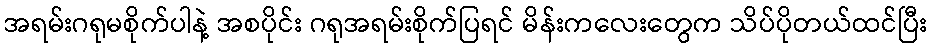
အရမ်းဂရုမစိုက်ပါနဲ့ အစပိုင်း ဂရုအရမ်းစိုက်ပြရင် မိန်းကလေးတွေက သိပ်ပိုတယ်ထင်ပြီး